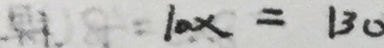
1 0 x = 1 3 0